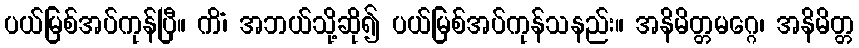
ပယ်မြစ်အပ်ကုန်ပြီ။ ကိံ၊ အဘယ်သို့ဆို၍ ပယ်မြစ်အပ်ကုန်သနည်း။ အနိမိတ္တမဂ္ဂေ၊ အနိမိတ္တ